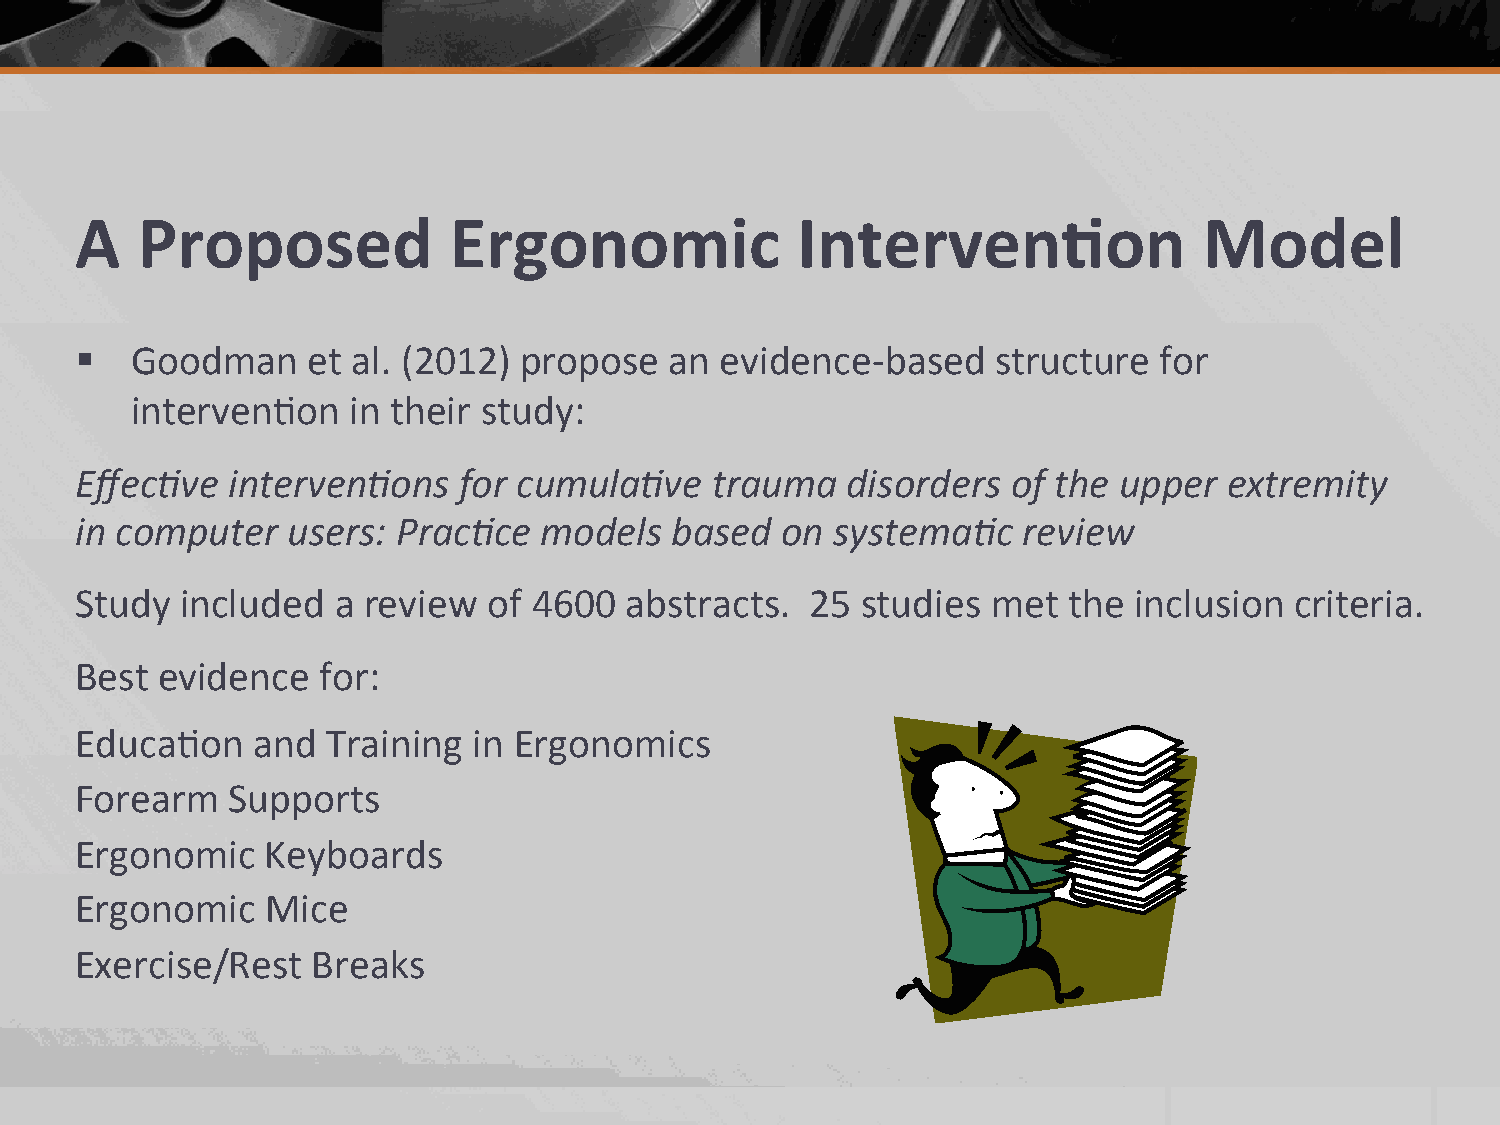
A   Proposed             Ergonomic              Interven.on                Model
 §  Goodman    et al. (2012) propose   an  evidence-­‐based  structure  for
 interven2on   in their study:
 Effec-ve  interven-ons   for cumula-ve    trauma   disorders  of the upper  extremity
 in computer   users: Prac-ce   models  based   on systema-c    review
 Study  included  a review  of 4600  abstracts.   25 studies  met  the inclusion  criteria.
 Best evidence   for:
 Educa2on    and  Training in Ergonomics
 Forearm   Supports
 Ergonomic    Keyboards
 Ergonomic    Mice
 Exercise/Rest   Breaks